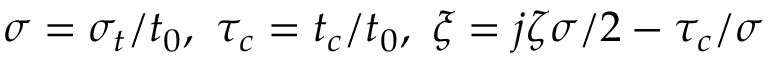
\sigma = \sigma _ { t } / t _ { 0 } , \ \tau _ { c } = t _ { c } / t _ { 0 } , \ \xi = j \zeta \sigma / 2 - \tau _ { c } / \sigma